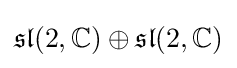
{\mathfrak {sl}}(2,\mathbb {C} )\oplus {\mathfrak {sl}}(2,\mathbb {C} )